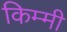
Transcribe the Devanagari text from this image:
किम्मी